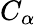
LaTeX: C_{\alpha}